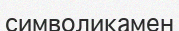
символикамен